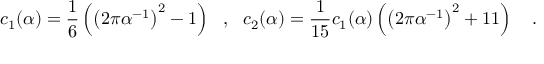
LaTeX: c _ { 1 } ( \alpha ) = \frac 1 6 \left( \left( 2 \pi \alpha ^ { - 1 } \right) ^ { 2 } - 1 \right) ~ ~ , ~ ~ c _ { 2 } ( \alpha ) = { \frac { 1 } { 1 5 } } c _ { 1 } ( \alpha ) \left( \left( 2 \pi \alpha ^ { - 1 } \right) ^ { 2 } + 1 1 \right) ~ ~ ~ .